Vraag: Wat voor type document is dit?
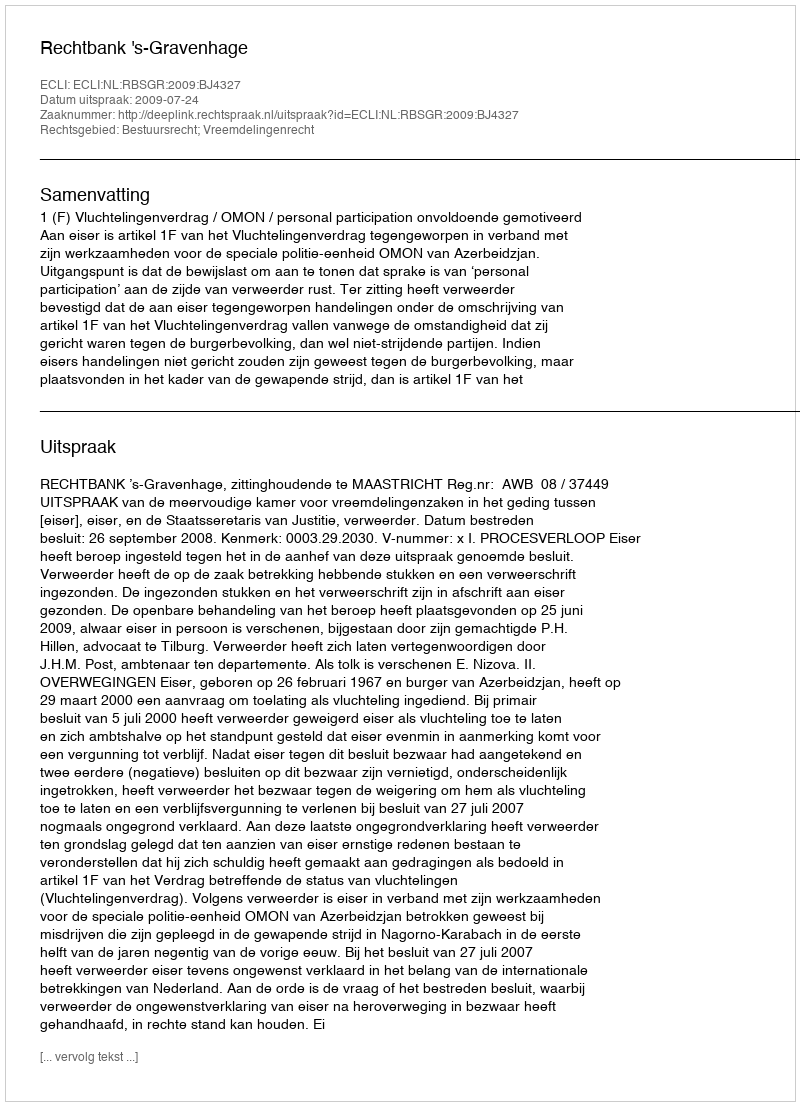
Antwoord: Uitspraak